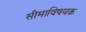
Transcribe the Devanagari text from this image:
सीमाविषयक